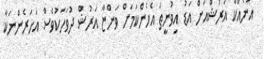
އަނެއްކާ އަރުޝްއަށް އަޑު އިވުނީތަ އެހެންކަމަށް ވަންޏާ އަރުޝް ދުވަހަކުވެސް އަހަރެންނަކާ